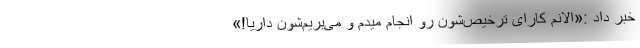
خبر داد :«الانم کارای ترخیص‌شون رو انجام میدم و می‌بریم‌شون داریا!»